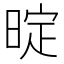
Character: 𭦤